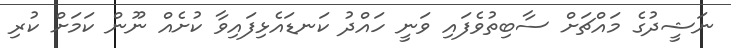
ނަޝީދުގެ މައްޗަށް ސާބިތުވެފައި ވަނީ ހައްދު ކަނޑައެޅިފައިވާ ކުށެއް ނޫން ކަމަށް ކުރި